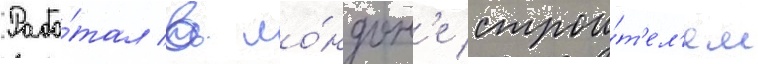
Рабо́тал в ло́ндон'е строи́т'ел'ем